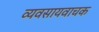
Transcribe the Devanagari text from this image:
व्यवसायवाचक